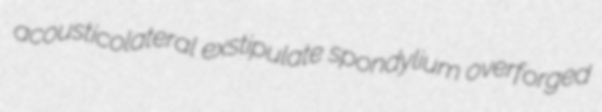
acousticolateral exstipulate spondylium overforged